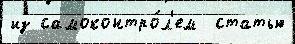
из самоконтро́л'ем  статью